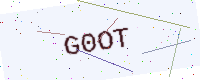
Text: G0OT